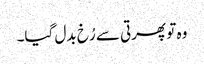
وہ تو پھرتی سے رُخ بدل گیا۔